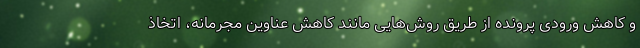
و کاهش ورودی پرونده از طریق روش‌هایی مانند کاهش عناوین مجرمانه، اتخاذ